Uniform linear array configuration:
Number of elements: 8
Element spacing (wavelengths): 1
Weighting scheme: hann
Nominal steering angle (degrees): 0
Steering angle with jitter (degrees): -0.7151
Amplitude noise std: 0.05
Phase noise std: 0.05

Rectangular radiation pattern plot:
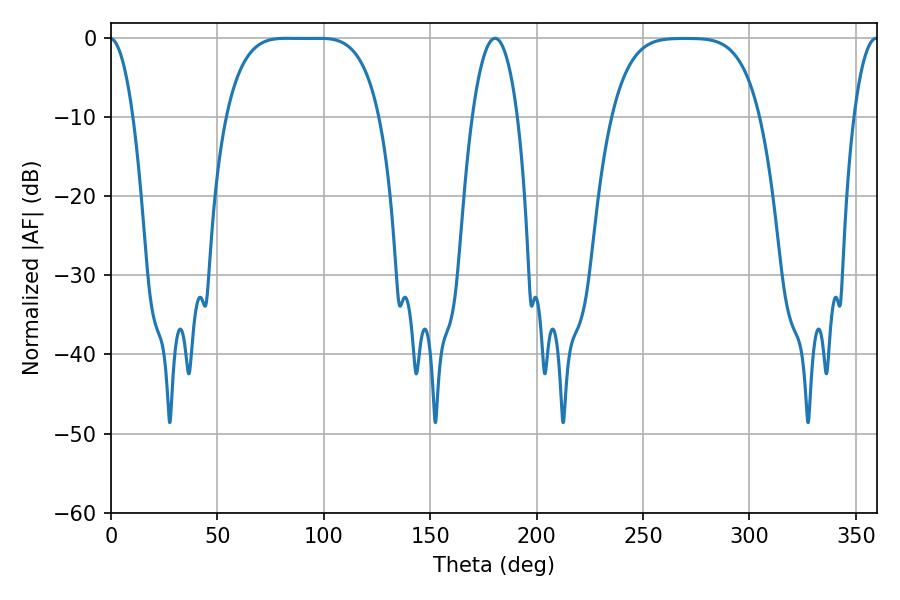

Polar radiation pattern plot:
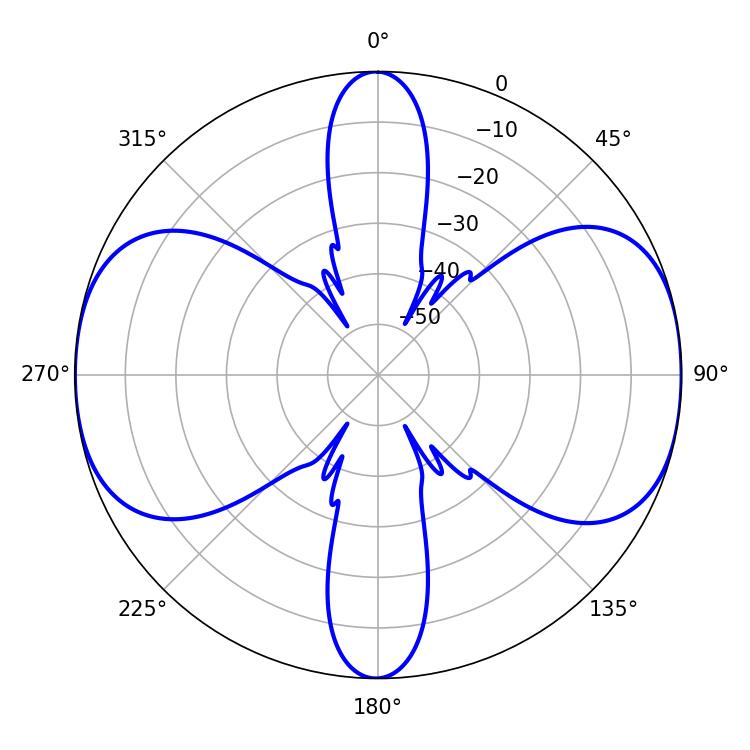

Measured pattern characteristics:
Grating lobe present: TRUE
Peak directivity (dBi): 14.974
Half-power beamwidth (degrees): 54.72
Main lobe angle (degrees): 82.62